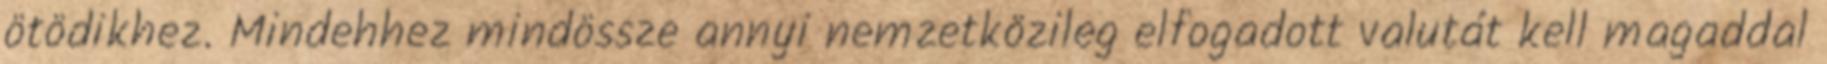
ötödikhez. Mindehhez mindössze annyi nemzetközileg elfogadott valutát kell magaddal